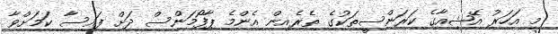
މި އަހަރު އޭޝިއާގެ ކަރަންސީތަކުގެ ތެރެއިން އެންމެ ޕާފޯމަންސް ދަށް ފައިސާ ކަމަށްވާ